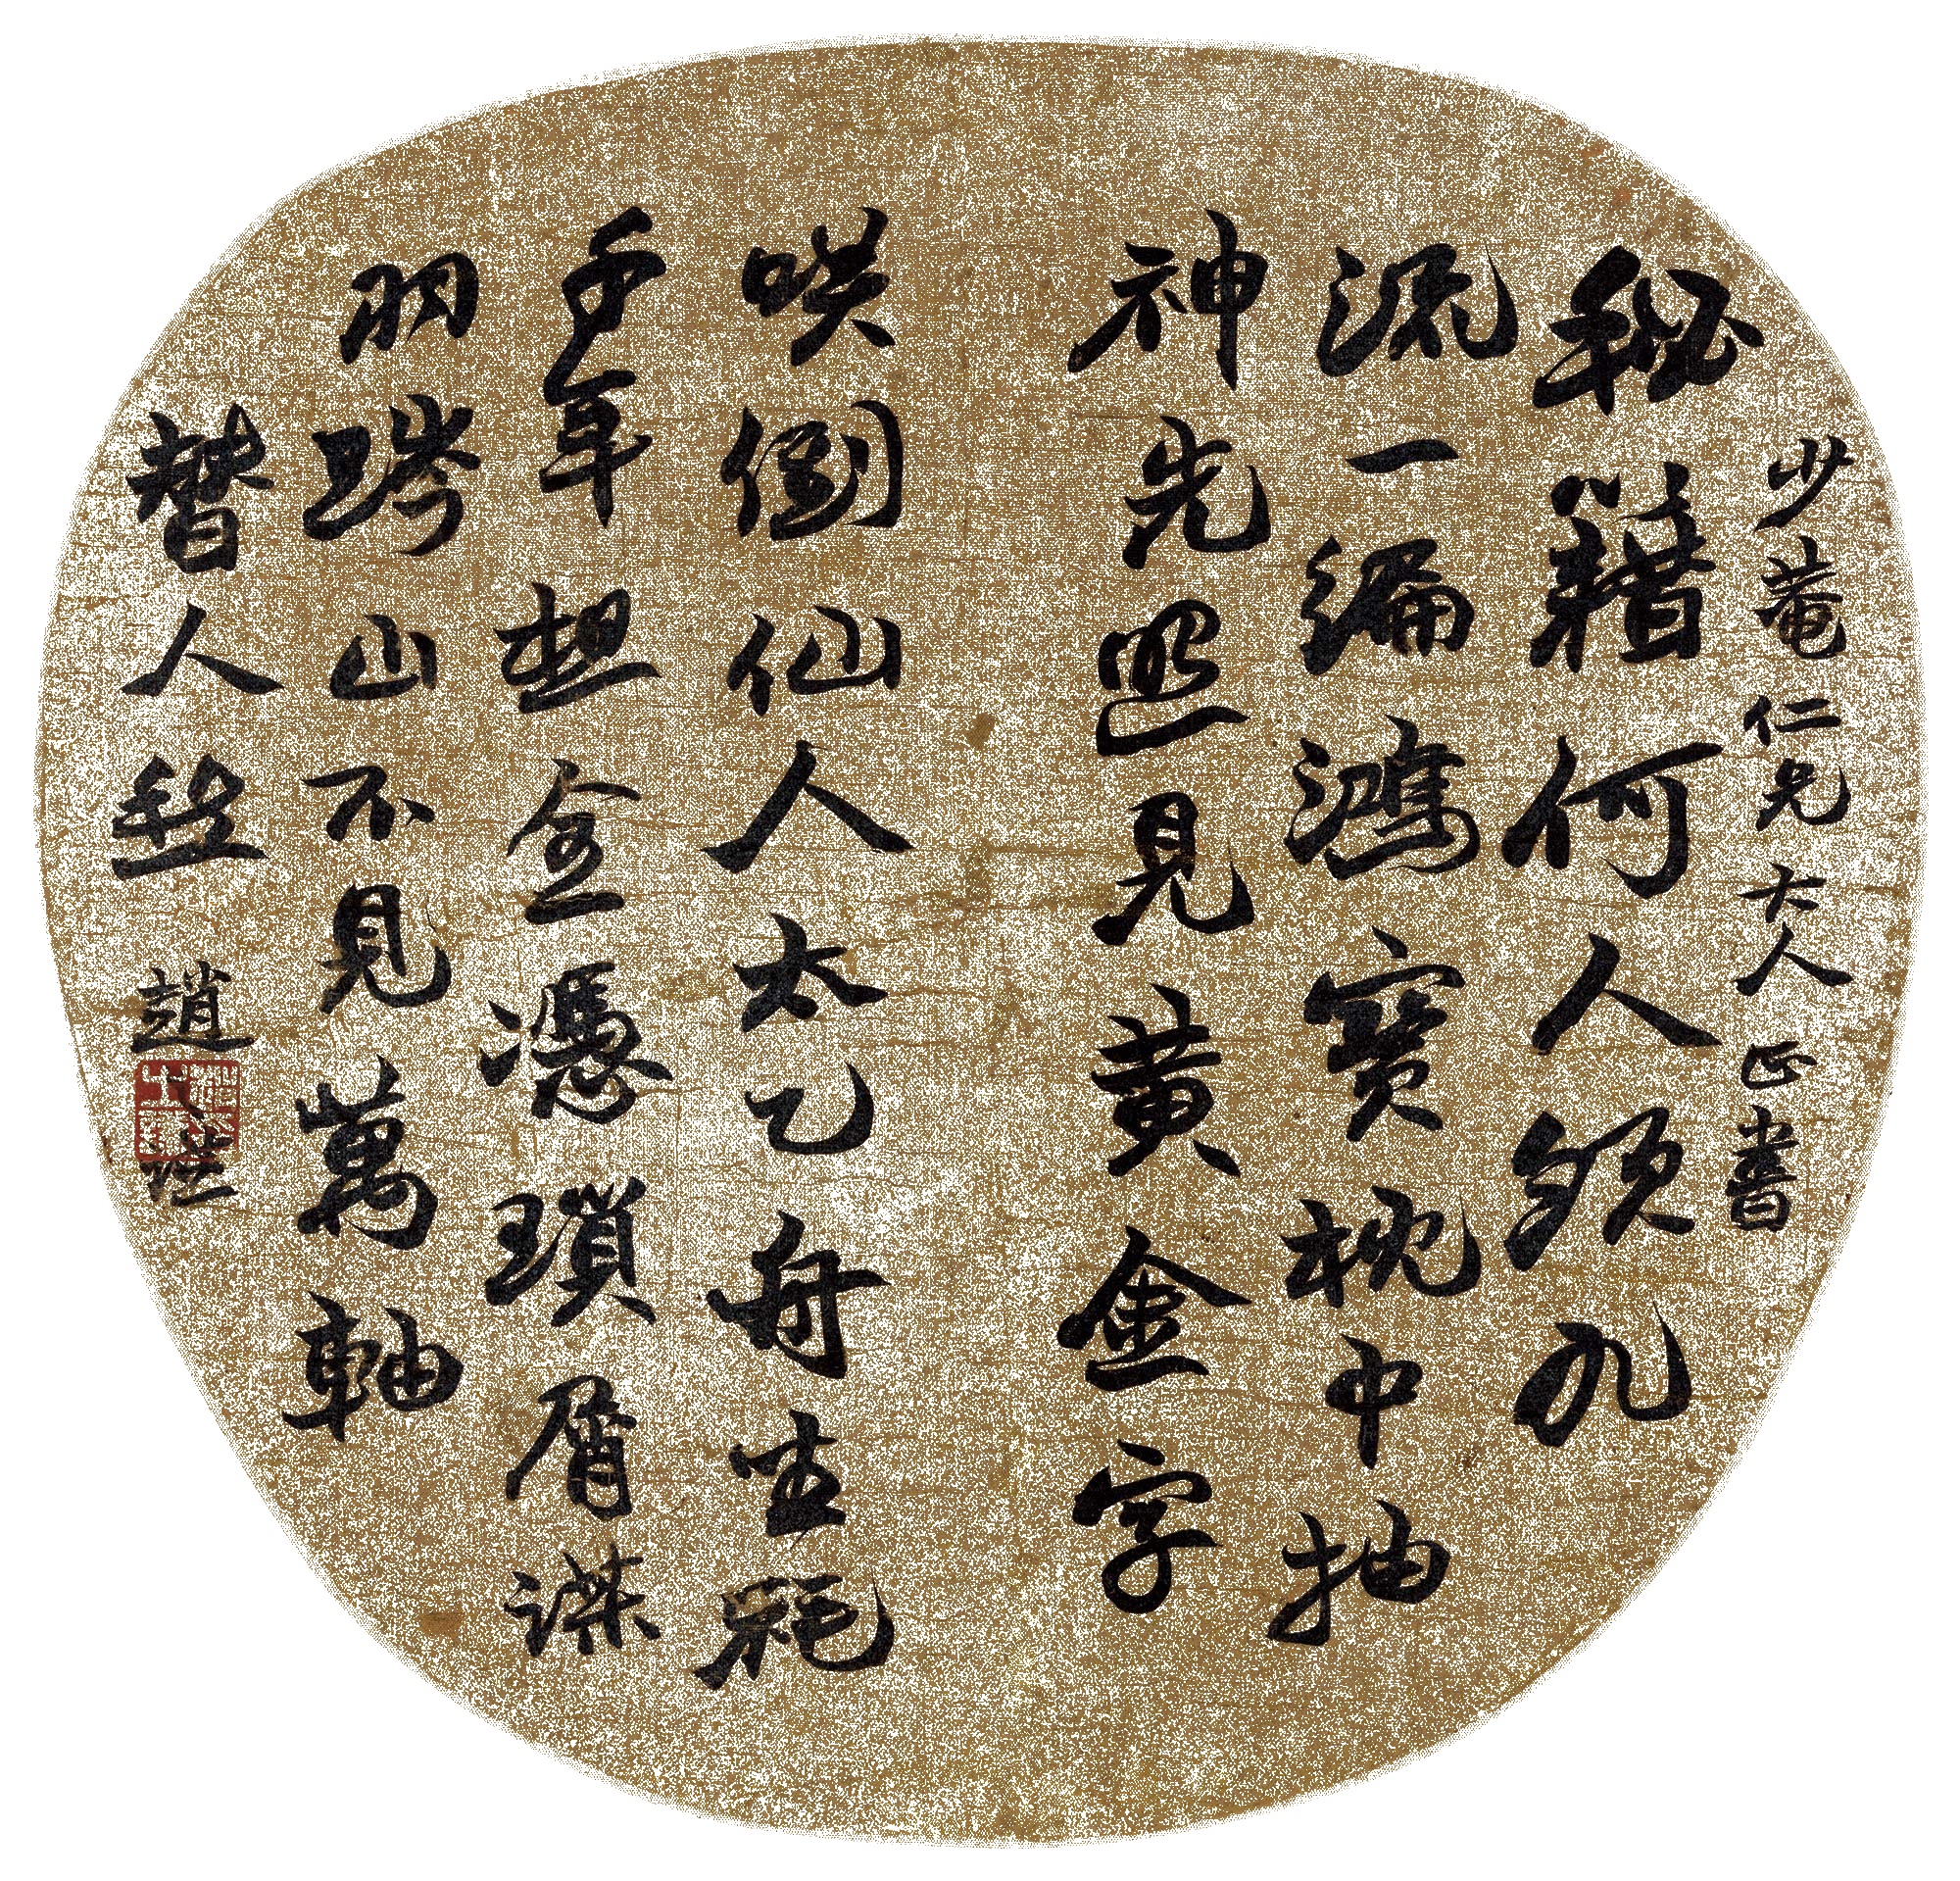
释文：秘籍何人领九流，一编鸿宝枕中抽。神先照见黄金字，笑倒仙人太乙舟。坐耗千年想，全凭琐屑谋。羽琌山不见，万轴替人愁。少庵仁兄大人正书，赵之谦。